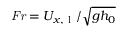
\mathit { F r } = U _ { x , \mathrm { ~ l ~ } } / \sqrt { g h _ { 0 } }